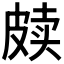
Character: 𰤫